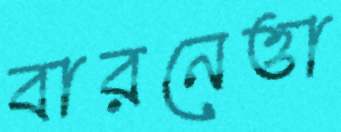
বারনেত্তা